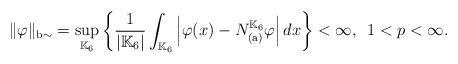
LaTeX: \begin{align*}\|\varphi\|_{\mathrm{b}\sim} = \sup_{\mathbb{K}_6}\left\{\frac{1}{|\mathbb{K}_6|}\int_{\mathbb{K}_6}\left|\varphi(x) - N_{(\mathrm{a})}^{\mathbb{K}_6}\varphi\right|dx\right\} < \infty, \enspace 1 < p < \infty.\end{align*}